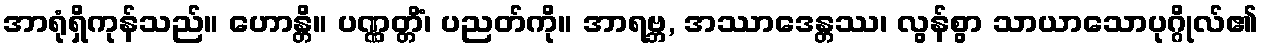
အာရုံရှိကုန်သည်။ ဟောန္တိ။ ပဏ္ဏတ္တိံ၊ ပညတ်ကို။ အာရဗ္ဘ, အဿာဒေန္တဿ၊ လွန်စွာ သာယာသောပုဂ္ဂိုလ်၏